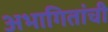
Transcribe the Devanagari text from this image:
अभागितांची